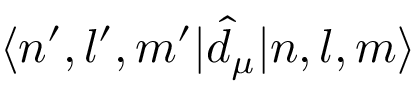
\langle n ^ { \prime } , l ^ { \prime } , m ^ { \prime } | \hat { d } _ { \mu } | n , l , m \rangle